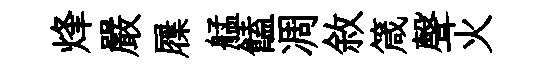
烽嚴屧艋饁凋敘箴聲火